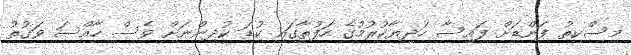
މިސްކިތު ފަންޑަށް ފައިސާ ހަދިޔާކުރުމުގެ ހަފުތާގައި ކުޑަ ކުދިންނަށް ވެސް ހާއްސަ ވަގުތު